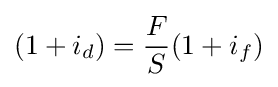
(1+i_{d})={\frac {F}{S}}(1+i_{f})